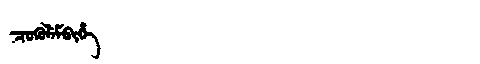
Manchu: ᠴᡠᡴᡠᠯᡝᠮᠪᡳᡥᡝ
Romanization: CUKULEMBIHE